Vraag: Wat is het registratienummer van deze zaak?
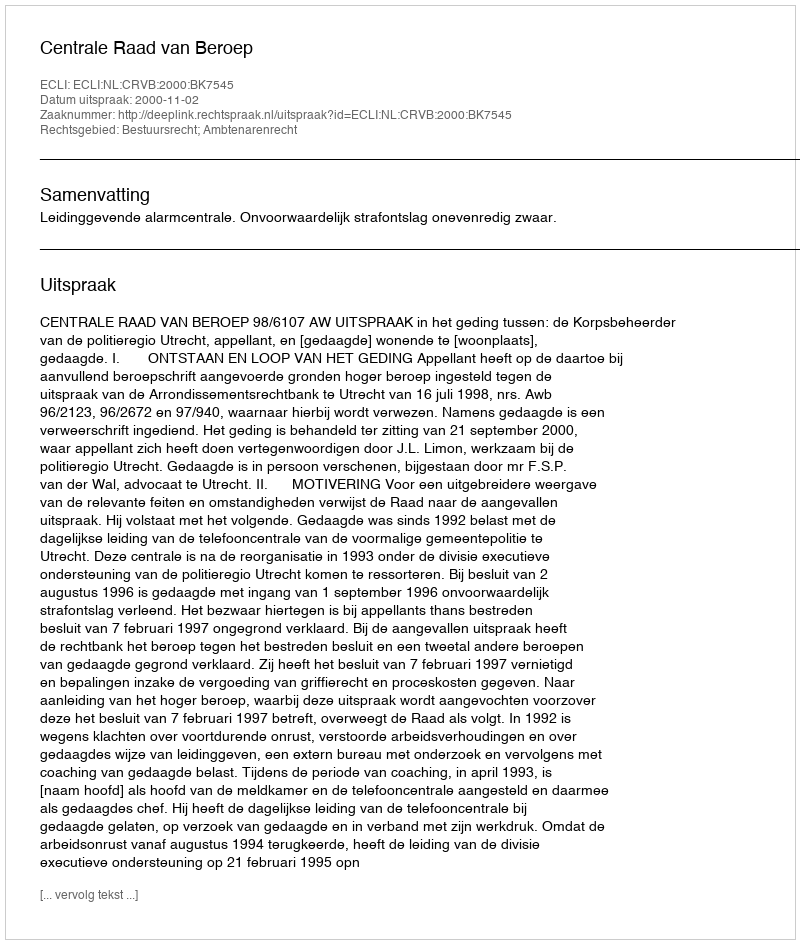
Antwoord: http://deeplink.rechtspraak.nl/uitspraak?id=ECLI:NL:CRVB:2000:BK7545